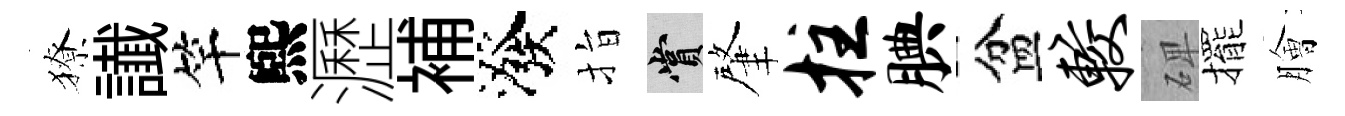
獠䜟竿煕瀝補潑指賞肇拄腆盆较𥓓擺膾